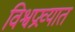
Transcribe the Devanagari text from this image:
विश्वप्रख्यात